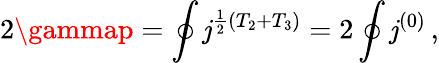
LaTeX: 2\gammap=\oint\mathit{j}^{\frac{{1}}{{2}}(T_{2}+T_{3})}=2\oint\mathit{j}^{(0)}\, ,